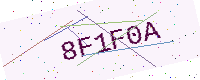
Text: 8F1F0A